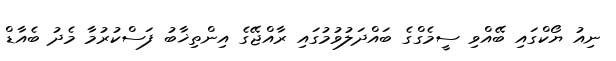
ނިއު ޔޯކްގައި ބޭއްވި ސީމެގްގެ ބައްދަލުވުމުގައި ރާއްޖޭގެ އިންތިޚާބު ފަސްކުރުމާ މެދު ބެއާޑް